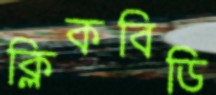
ক্লিকবিডি